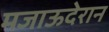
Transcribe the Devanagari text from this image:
मजाऊदेरान